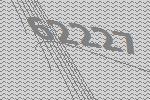
62227